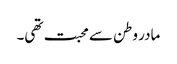
مادر وطن سے محبت تھی۔